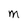
Character: M